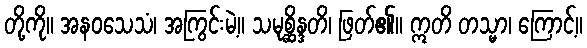
တို့ကို။ အနဝသေသံ၊ အကြွင်းမဲ့။ သမုစ္ဆိန္ဒတိ၊ ဖြတ်၏။ ဣတိ တသ္မာ၊ ကြောင့်။